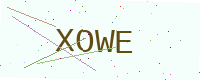
Text: XOWE